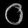
Digit: ၀